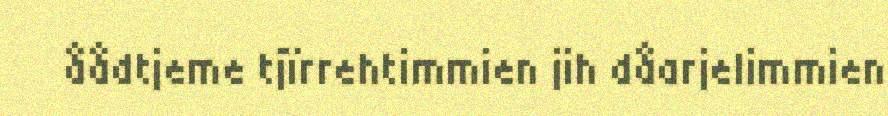
åådtjeme tjïrrehtimmien jih dåarjelimmien